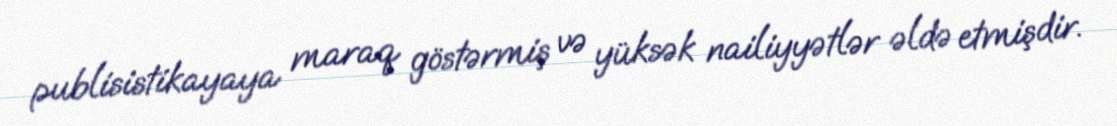
publisistikayaya maraq göstərmiş və yüksək nailiyyətlər əldə etmişdir.